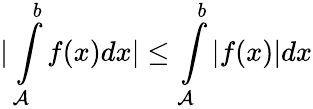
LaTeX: |\int\limits_{\mathcal{A}}^{b}f(x)dx|\leq\int\limits_{\mathcal{A}}^{b}|f(x)|dx